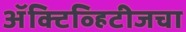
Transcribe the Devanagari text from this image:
ॲक्टिव्हिटीजचा